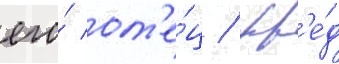
его́ от'е́ц / фр'е́д